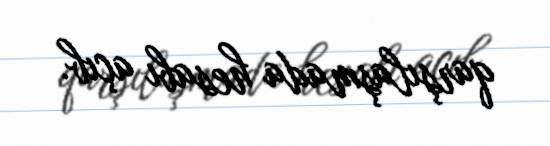
qarşılaşmada hesabı açıb.